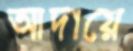
আদায়ে